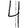
Digit: 4